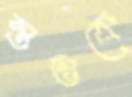
স্তম্ভকে